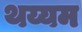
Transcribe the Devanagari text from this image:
थय्यम